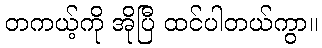
တကယ့်ကို အိုပြီ ထင်ပါတယ်ကွာ။